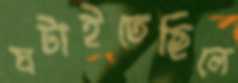
ঘটাইতেছিলে